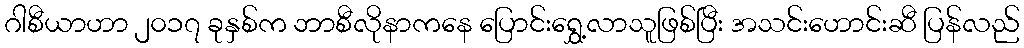
ဂါစီယာဟာ ၂၀၁၇ ခုနှစ်က ဘာစီလိုနာကနေ ပြောင်းရွှေ့လာသူဖြစ်ပြီး အသင်းဟောင်းဆီ ပြန်လည်